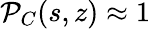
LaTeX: {\cal P}_{C}(s,z)\approx 1